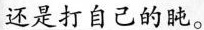
还是打自己的盹。